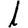
Digit: 1